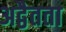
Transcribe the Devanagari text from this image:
अद्वैतता